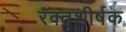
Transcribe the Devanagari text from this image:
रक्तशीर्षक